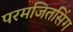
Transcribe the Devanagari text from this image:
परमजितसिंग